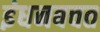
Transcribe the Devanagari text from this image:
इंधनबचत